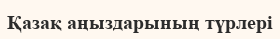
Қазақ аңыздарының түрлері